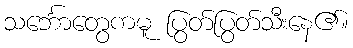
သင်္ဘောတွေကမူ ပြွတ်ပြွတ်သီးနေ၏။